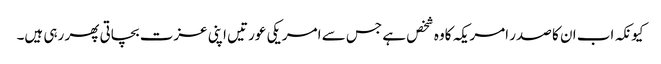
کیونکہ اب ان کا صدر امریکہ کاوہ شخص ہے جس سے امریکی عورتیں اپنی عزت بچاتی پھر رہی ہیں۔